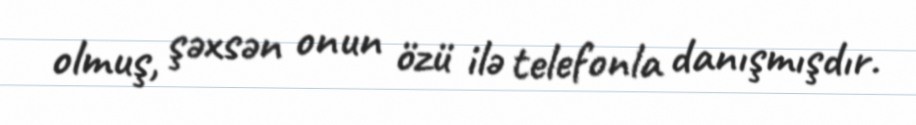
olmuş, şəxsən onun özü ilə telefonla danışmışdır.